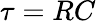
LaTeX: \tau=RC